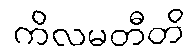
ကိလမတီတိ